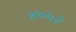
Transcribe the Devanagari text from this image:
४०५२